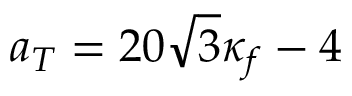
a _ { T } = 2 0 \sqrt { 3 } \kappa _ { f } - 4